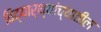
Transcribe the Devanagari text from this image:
विद्यार्थ्यांच्यातील